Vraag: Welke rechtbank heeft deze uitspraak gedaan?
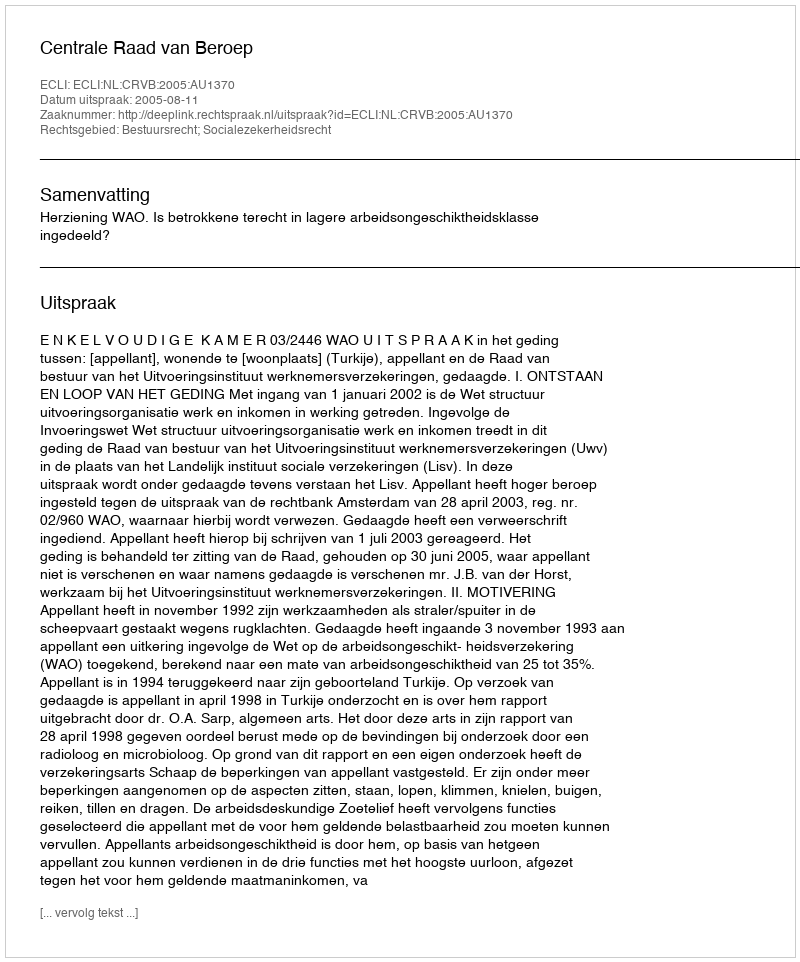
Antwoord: Centrale Raad van Beroep